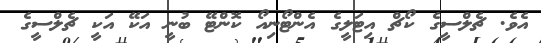
އެވެ. ޗެލްސީގެ ކޯޗް އިޓަލީގެ އެންޓޯނިއޯ ކޮންޓޭ ބުނީ އަކޭ އަކީ ޗެލްސީގެ